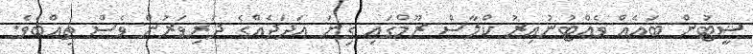
ޝީޓުން ބައެއް ވެއްޓުނުއިރު ކްލާސް ރޫމްގައި ގިނަ އަދަދެއްގެ ދަރިވަރުން ވެސް ތިއްބެވެ.